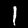
Digit: 1